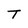
Character: T